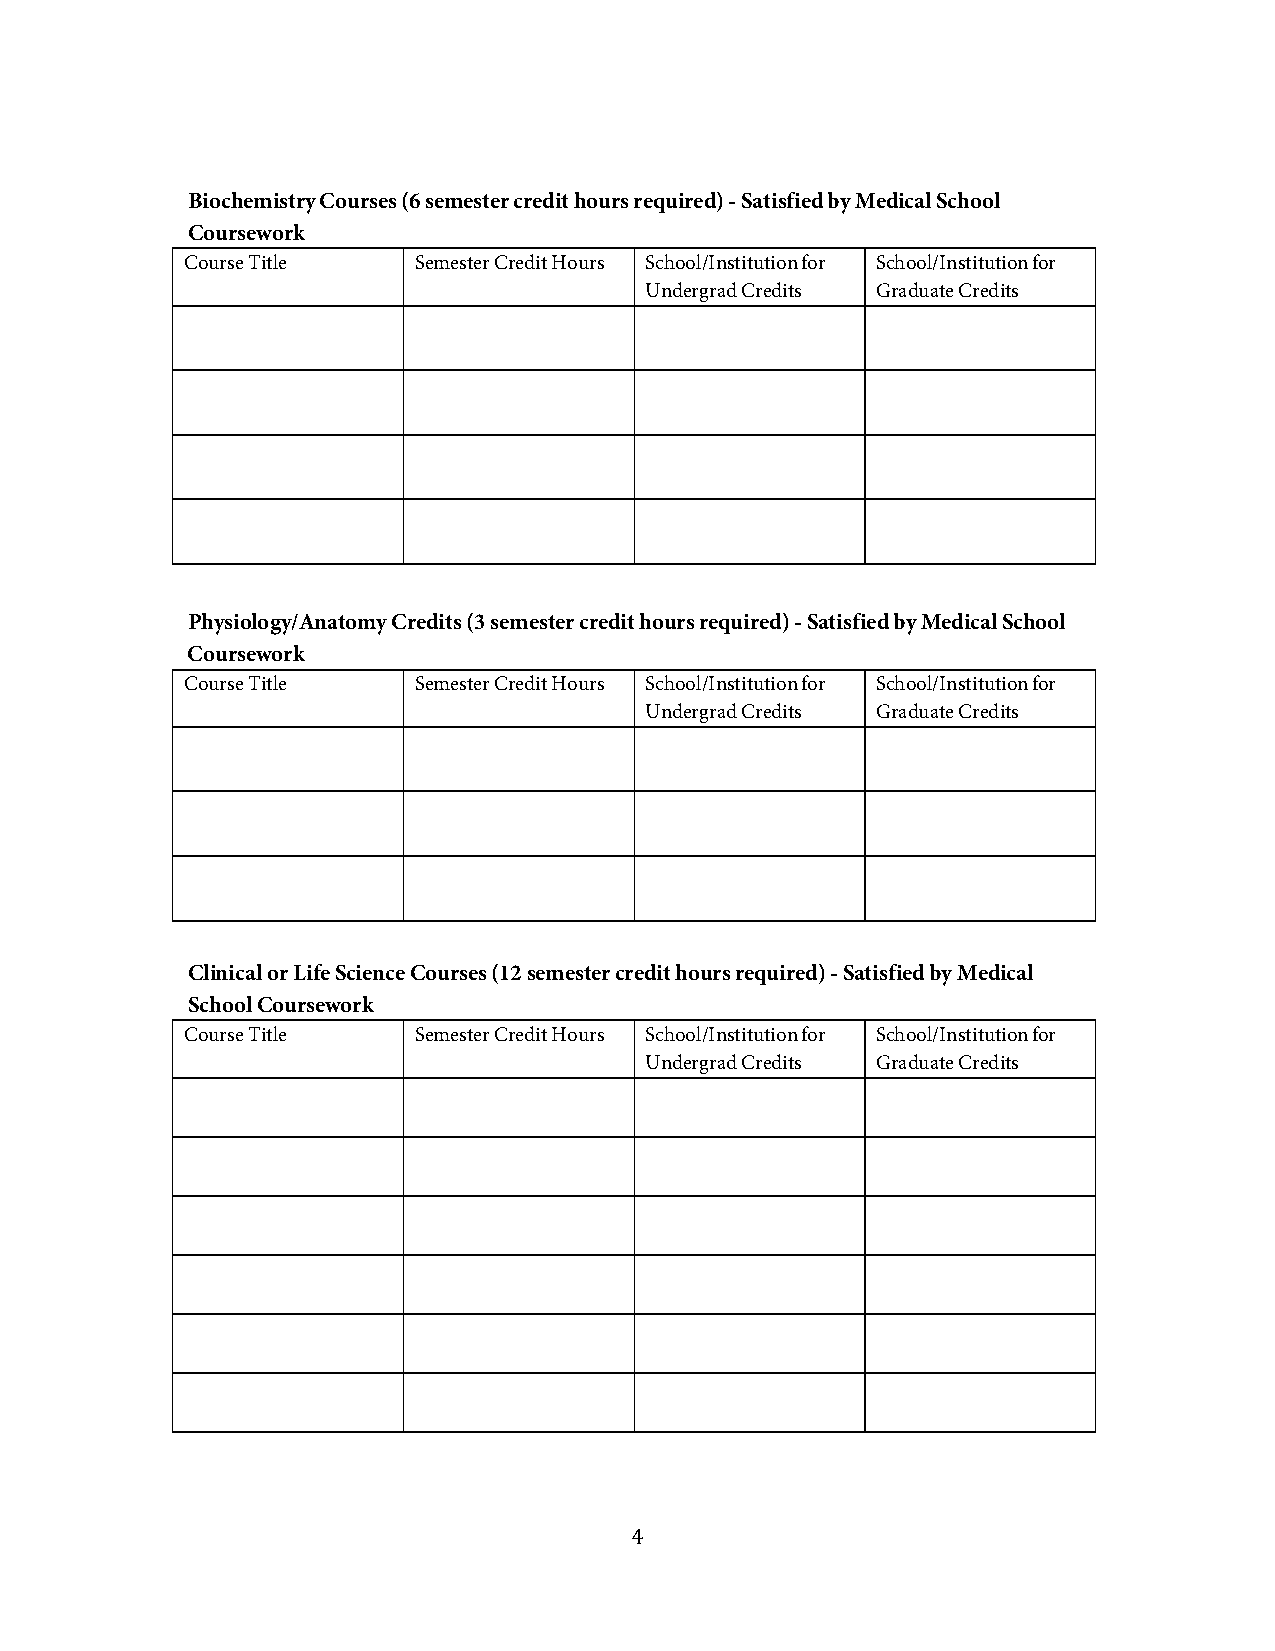
Biochemistry Courses (6 semester credit hours required) - Satisfied by Medical School
 Coursework
 Course Title   Semester Credit Hours School/Institution for School/Institution for
 Undergrad Credits Graduate Credits
 Physiology/Anatomy Credits (3 semester credit hours required) - Satisfied by Medical School
 Coursework
 Course Title   Semester Credit Hours School/Institution for School/Institution for
 Undergrad Credits Graduate Credits
 Clinical or Life Science Courses (12 semester credit hours required) - Satisfied by Medical
 School Coursework
 Course Title   Semester Credit Hours School/Institution for School/Institution for
 Undergrad Credits Graduate Credits
 August 2018
 4